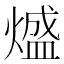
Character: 𭵵